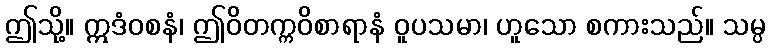
ဤသို့။ ဣဒံဝစနံ၊ ဤဝိတက္ကဝိစာရာနံ ဝူပသမာ၊ ဟူသော စကားသည်။ သမ္ပ